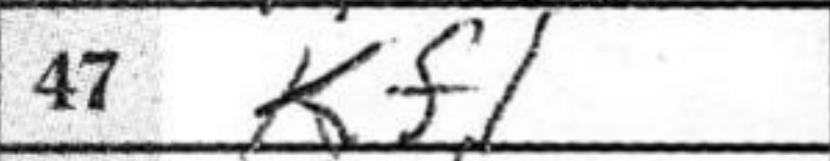
Transcription: Kf1